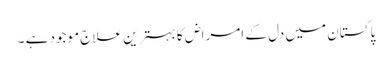
پاکستان میں دل کے امراض کا بہترین علاج موجود ہے ۔